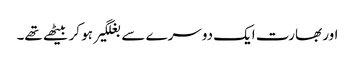
اور بھارت ایک دوسرے سے بغلگیر ہو کر بیٹھے تھے۔